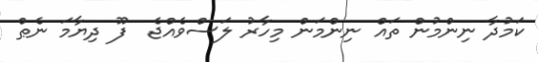
ކަމުދާ ނިންމުން ތައް ނިންމަން މިހާރު ލަސްވެއްޖެ  ފޫ ދިޔާމަ ނެޠް